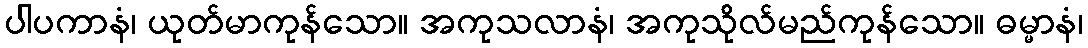
ပါပကာနံ၊ ယုတ်မာကုန်သော။ အကုသလာနံ၊ အကုသိုလ်မည်ကုန်သော။ ဓမ္မာနံ၊